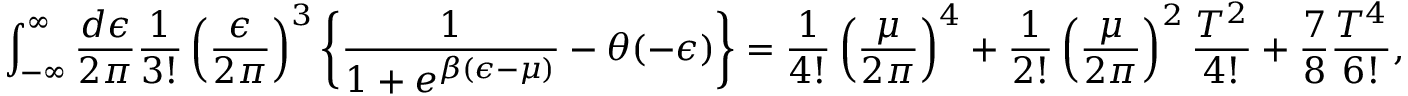
\int _ { - \infty } ^ { \infty } { \frac { d \epsilon } { 2 \pi } } { \frac { 1 } { 3 ! } } \left( { \frac { \epsilon } { 2 \pi } } \right) ^ { 3 } \left\{ { \frac { 1 } { 1 + e ^ { \beta ( \epsilon - \mu ) } } } - \theta ( - \epsilon ) \right\} = { \frac { 1 } { 4 ! } } \left( { \frac { \mu } { 2 \pi } } \right) ^ { 4 } + { \frac { 1 } { 2 ! } } \left( { \frac { \mu } { 2 \pi } } \right) ^ { 2 } { \frac { T ^ { 2 } } { 4 ! } } + { \frac { 7 } { 8 } } { \frac { T ^ { 4 } } { 6 ! } } ,